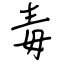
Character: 毒